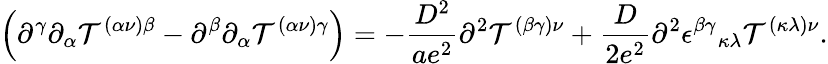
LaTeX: \left(\partial^{\gamma}\partial_{\alpha}\mathcal{T}^{(\alpha\nu)\beta}-\partial^{\beta}\partial_{\alpha}\mathcal{T}^{(\alpha\nu)\gamma}\right)=-\frac{{D^{2}}}{{ae^{2}}}\partial^{2}\mathcal{T}^{(\beta\gamma)\nu}+\frac{{D}}{{2e^{2}}}\partial^{2}\epsilon^{\beta\gamma}{}_{\kappa\lambda}\mathcal{T}^{(\kappa\lambda)\nu}.